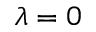
\lambda = 0